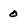
Character: 0